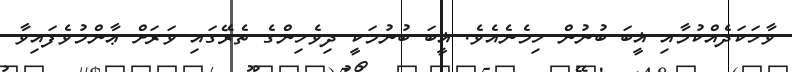
ވާހަކަދެއްކުމާއި ޣީބަ ބުނުން ހިމެނެއެވެ. ޣީބަ ބުނުމަކީ ދިވެހިންގެ ތެރޭގައި ވަރަށް ޢާންމުވެފައިވާ